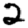
Digit: 2